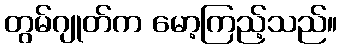
တွမ်ဂျုတ်က မော့ကြည့်သည်။